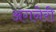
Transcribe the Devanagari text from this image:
अगनेरी